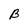
Character: B